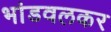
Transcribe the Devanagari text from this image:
भांडवलकर